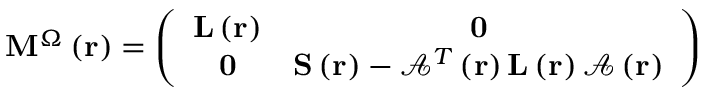
\mathbf { M } ^ { \Omega } \left( \mathbf { r } \right) = \left( \begin{array} { c c } { \mathbf { L } \left( \mathbf { r } \right) } & { \mathbf { 0 } } \\ { \mathbf { 0 } } & { \mathbf { S } \left( \mathbf { r } \right) - \mathcal { A } ^ { T } \left( \mathbf { r } \right) \mathbf { L } \left( \mathbf { r } \right) \mathcal { A } \left( \mathbf { r } \right) } \end{array} \right)